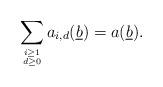
LaTeX: \begin{align*}\sum_{i \geq 1 \atop {d \geq 0}}a_{i,d}(\underline{b}) = a(\underline{b}).\end{align*}